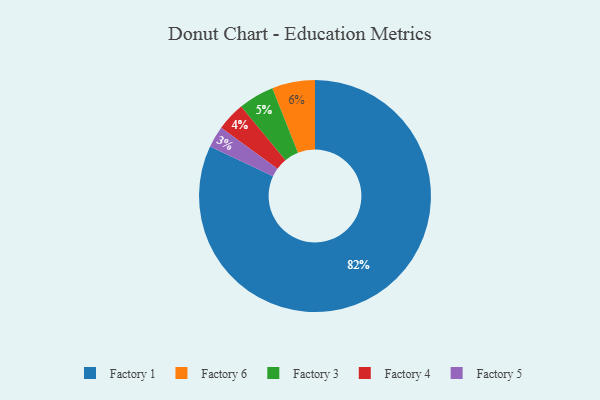
{"axis": {"x": "Category", "y": "Percentage"}, "legend": ["Factory 1", "Factory 3", "Factory 4", "Factory 5", "Factory 6"], "data": [{"x": "Factory 5", "y": 3, "type": "Factory 5"}, {"x": "Factory 3", "y": 5, "type": "Factory 3"}, {"x": "Factory 6", "y": 6, "type": "Factory 6"}, {"x": "Factory 1", "y": 82, "type": "Factory 1"}, {"x": "Factory 4", "y": 4, "type": "Factory 4"}]}